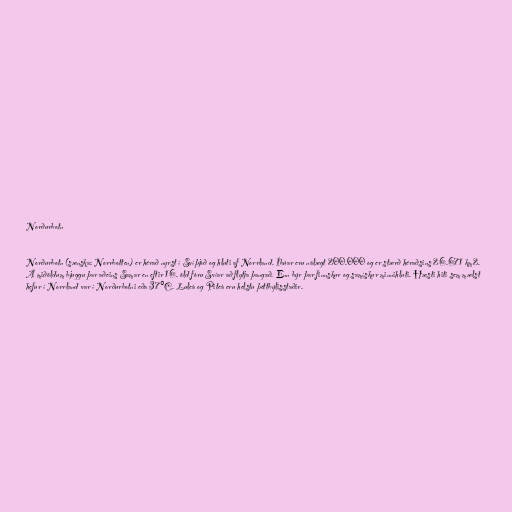
Norðurbotn

Norðurbotn (sænska: Norrbotten) er hérað nyrst í Svíþjóð og hluti af Norrland. Íbúar eru nálægt 200.000 og er stærð héraðsins 26.671 km2.
Á miðöldum bjuggu þar aðeins Samar en eftir 16. öld fóru Svíar að flytja þangað. Enn býr þar finnskur og samískur minnihluti. Hæsti hiti sem mælst
hefur í Norrland var í Norðurbotni eða 37°C. Luleå og Piteå eru helstu þéttbýlisstaðir.